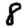
Digit: 8